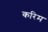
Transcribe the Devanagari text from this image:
करिम